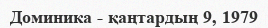
Доминика - қаңтардың 9, 1979